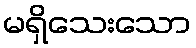
မရှိသေးသော